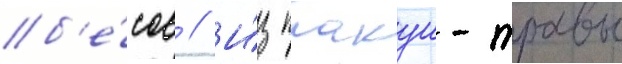
б'е́сов // И́з плакун-травы